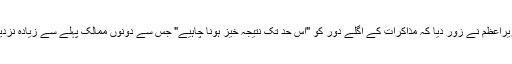
بھارتی وزیرِاعظم نے زور دیا کہ مذاکرات کے اگلے دور کو "اس حد تک نتیجہ خیز ہونا چاہیے" جس سے دونوں ممالک پہلے سے زیادہ نزدیک آسکیں۔